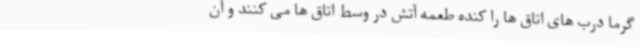
گرما درب های اتاق ها را کنده طعمه آتش در وسط اتاق ها می کنند و آن